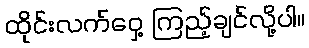
ထိုင်းလက်ဝှေ့ ကြည့်ချင်လို့ပါ။